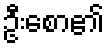
ဦးစော၏